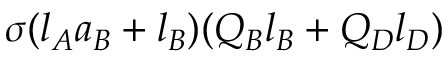
\sigma ( l _ { A } a _ { B } + l _ { B } ) ( Q _ { B } l _ { B } + Q _ { D } l _ { D } )